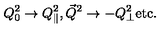
Q _ { 0 } ^ { 2 } \to Q _ { \| } ^ { 2 } , { \vec { Q } } ^ { 2 } \to - Q _ { \bot } ^ { 2 } \mathrm { e t c . }